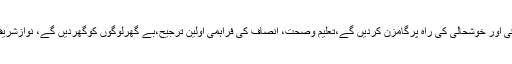
مسلم لیگ ن کا الیکشن 2018ء کیلئے منشور سامنے آگیا ملک کوترقی اور خوشحالی کی راہ پرگامزن کردیں گے،تعلیم وصحت، انصاف کی فراہمی اولین ترجیح،بے گھرلوگوں کوگھردیں گے، نوازشریف کو اسمبلی میں واپس لانا بھی مسلم لیگ ن کے منشور کاحصہ ہیں۔